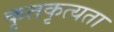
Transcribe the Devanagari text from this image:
कृतकृत्यता